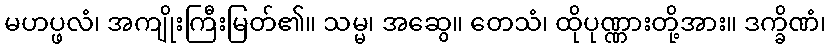
မဟပ္ဖလံ၊ အကျိုးကြီးမြတ်၏။ သမ္မ၊ အဆွေ။ တေသံ၊ ထိုပုဏ္ဏားတို့အား။ ဒက္ခိဏံ၊